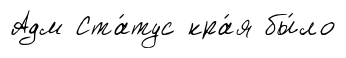
Адм Ста́тус кра́я бы́ло